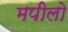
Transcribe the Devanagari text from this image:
मपीलो